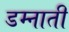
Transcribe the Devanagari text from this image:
डम्नाती